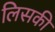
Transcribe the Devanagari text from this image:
लिसकी